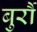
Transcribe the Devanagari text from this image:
बुर्रौ